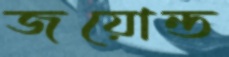
জয়োন্ত